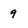
Character: 9